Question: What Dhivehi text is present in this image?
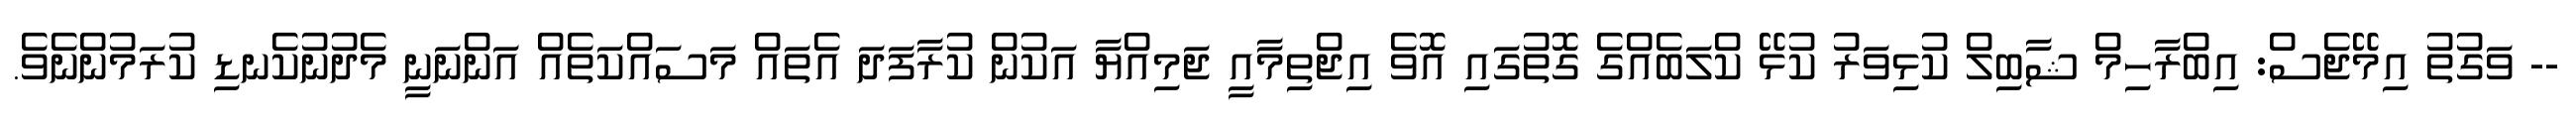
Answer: -- ވަގުތު އިމޭޖެސް: އިބްރާހިމް ޝާބިލް ކުޅިވަރު ކުޅޭ ކްލަބެއްގެ ގޮތުގައި އޮވެ އިޖްތިމާއީ ޖަމިއްޔާ އަކުން ކުރާފަދަ އެތައް މަސައްކަތެއް އަންނަނީ މެދުނުކެނޑި ކުރަމުންނެވެ.